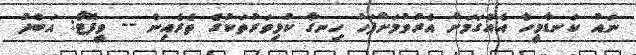
ނައު ކަނޑާމީހާ އެއްގަމަށް އެރުވުމަށްފަހު ހިނގާ ކުޅިވަރުތަކުގެ ތެރެއިން -- ވީފޮޓޯ: އަބްދު